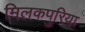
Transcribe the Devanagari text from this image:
मिलकपुरिया